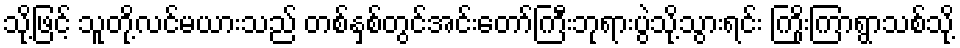
သို့ဖြင့် သူတို့လင်မယားသည် တစ်နှစ်တွင်အင်းတော်ကြီးဘုရားပွဲသို့သွားရင်း ကြိုးကြာရွာသစ်သို့